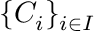
\{ C _ { i } \} _ { i \in I }